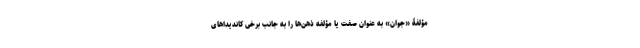
مؤلفۀ «جوان» به عنوان صفت یا مؤلفه ذهن‌ها را به جانب برخی کاندیداهای